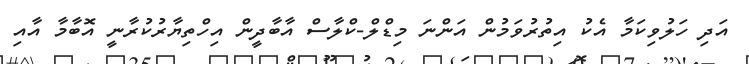
އަދި ހަލުވިކަމާ އެކު އިތުރުވަމުން އަންނަ މިޑްލް-ކްލާސް އާބާދީން އިހްތިޔާރުކުރާނީ އޮބާމާ އާއި